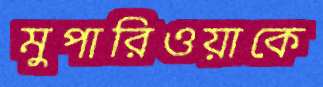
মুপারিওয়াকে